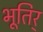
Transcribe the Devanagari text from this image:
भूतिर्